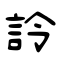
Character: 詅